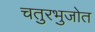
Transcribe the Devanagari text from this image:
चतुरभुजोत